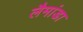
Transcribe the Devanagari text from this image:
लैमांडा